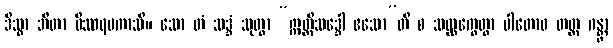
ဒိသွာ ဘီတာ ဝိဿရမကာသိ။ သော တံ သဒ္ဒံ သုတွာ “ဣတ္ထိသဒ္ဒေါ ဧသော”တိ စ သလ္လက္ခေတွာ ပါတောဝ တတ္ထ ဂန္တွာ